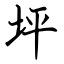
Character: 坪